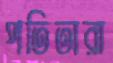
পতিতারা